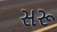
સરૂ